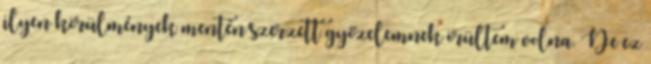
ilyen körülmények mentén szerzett győzelemnek örültem volna. De ez